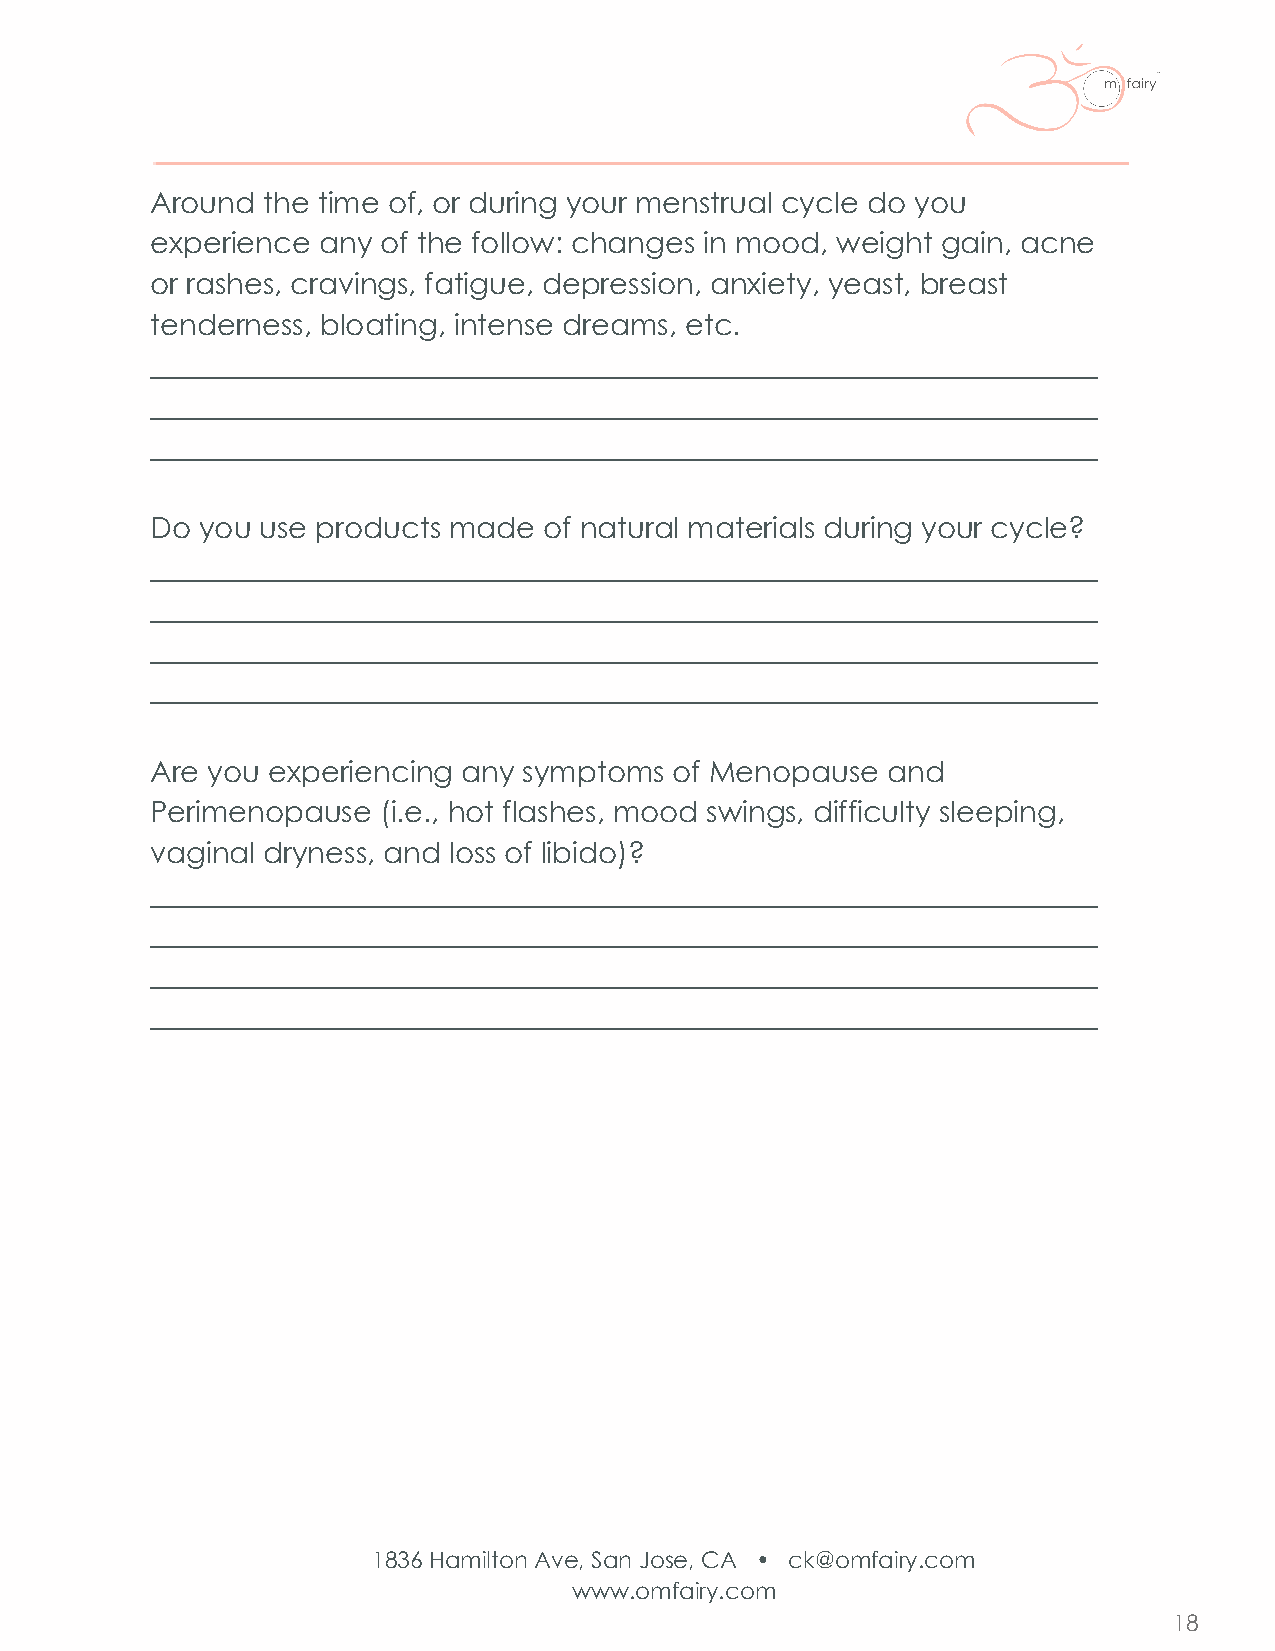
Around the time of, or during your menstrual cycle do you
 experience any of the follow: changes in mood, weight gain, acne
 or rashes, cravings, fatigue, depression, anxiety, yeast, breast
 tenderness, bloating, intense dreams, etc.
 _________________________________________________________________
 _________________________________________________________________
 _________________________________________________________________
 Do you use products made  of natural materials during your cycle?
 _________________________________________________________________
 _________________________________________________________________
 _________________________________________________________________
 _________________________________________________________________
 Are you experiencing any symptoms  of Menopause  and
 Perimenopause  (i.e., hot flashes, mood swings, difficulty sleeping,
 vaginal dryness, and loss of libido)?
 _________________________________________________________________
 _________________________________________________________________
 _________________________________________________________________
 _________________________________________________________________
 1836 Hamilton Ave, San Jose, CA • ck@omfairy.com
 www.omfairy.com
 18